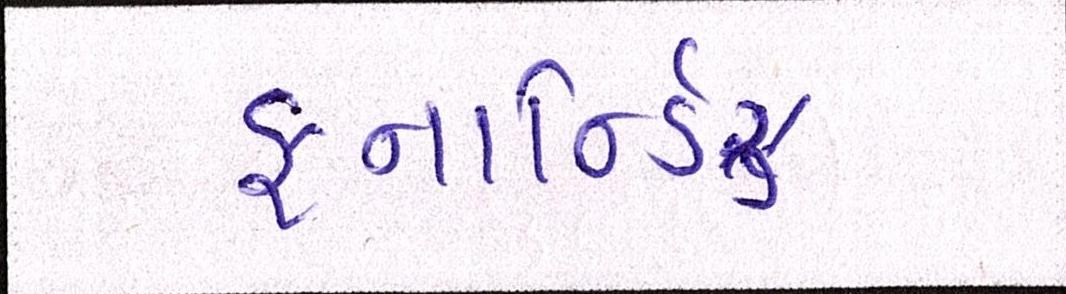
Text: ફનાર્ન્ડિઝ